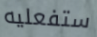
ستفعليه